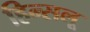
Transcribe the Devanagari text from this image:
हिन्सलू